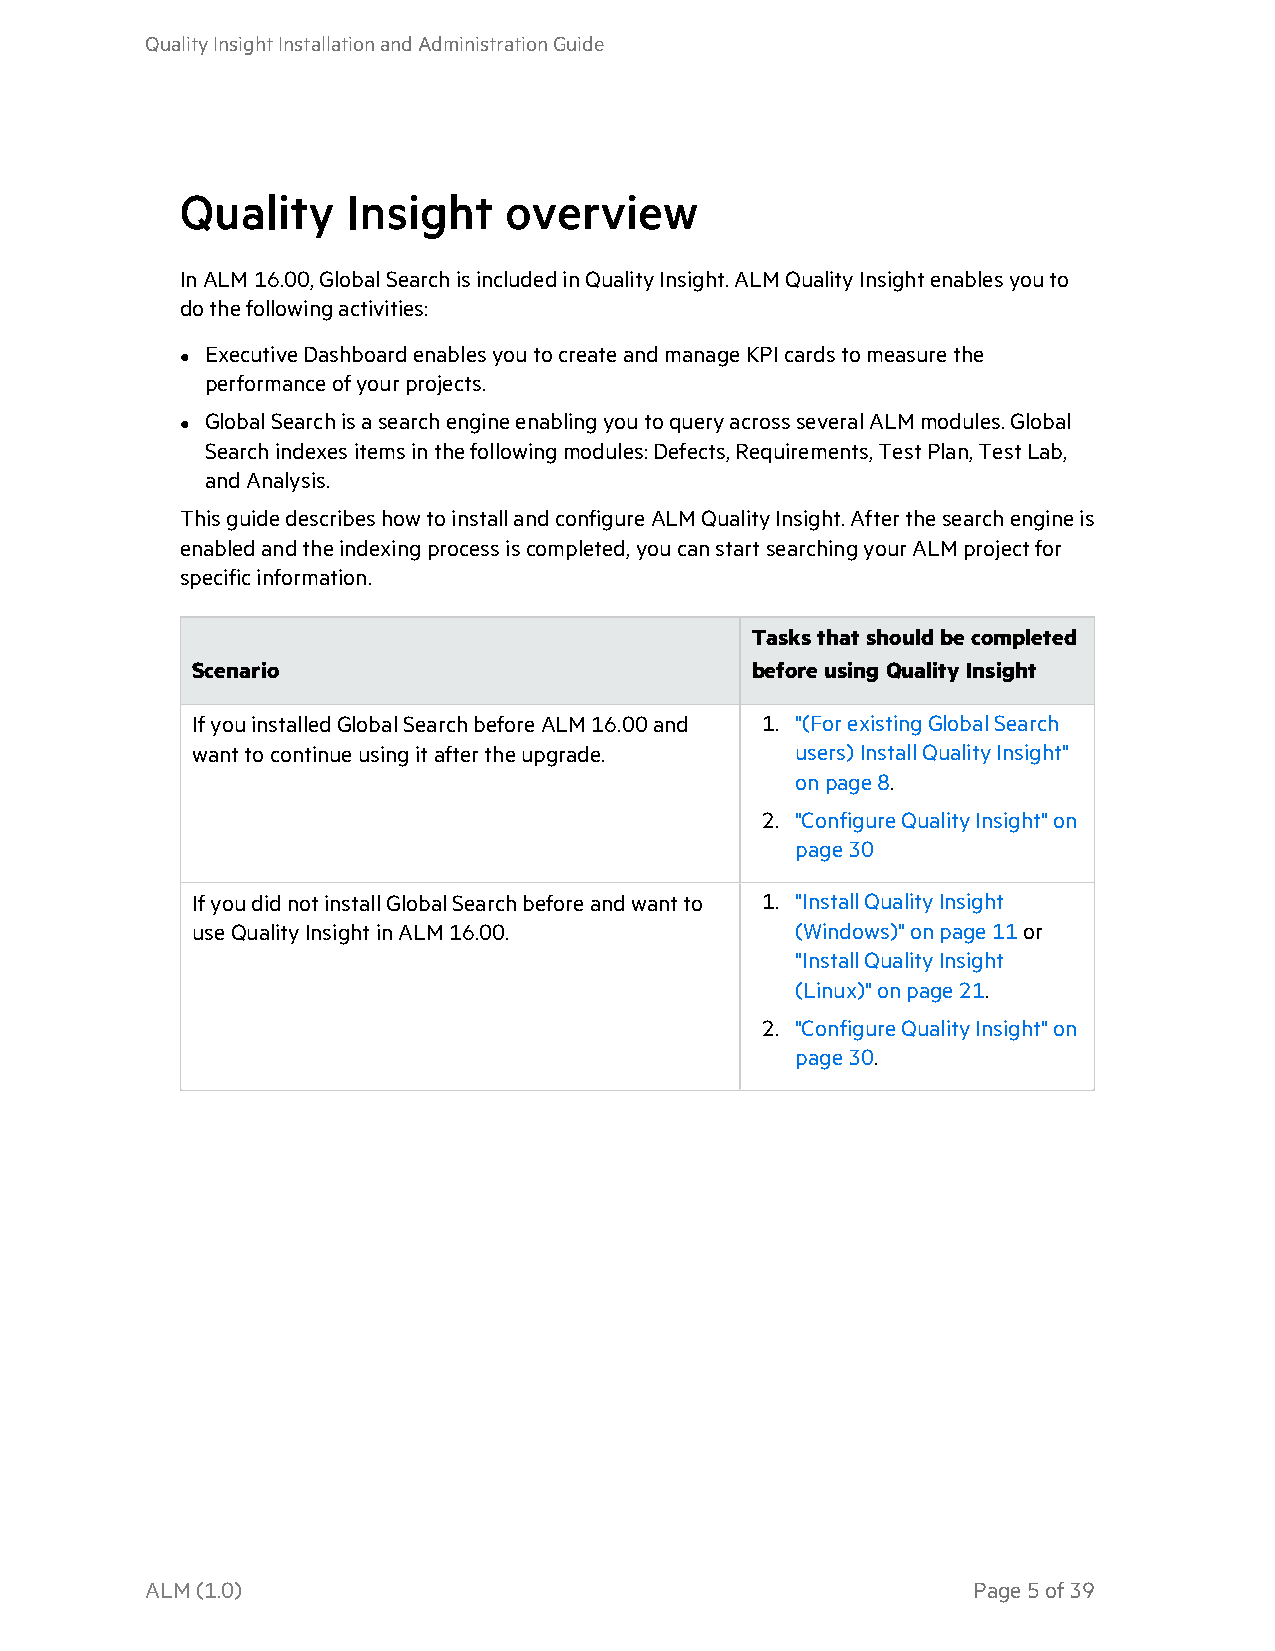
QualityInsightInstallationandAdministrationGuide
 Quality    Insight   overview
 InALM16.00,GlobalSearchisincludedinQualityInsight.ALMQualityInsightenablesyouto
 dothefollowingactivities:
 ExecutiveDashboardenablesyoutocreateandmanageKPIcardstomeasurethe
 l
 performanceofyourprojects.
 GlobalSearchisasearchengineenablingyoutoqueryacrossseveralALMmodules.Global
 l
 Searchindexesitemsinthefollowingmodules:Defects,Requirements,TestPlan,TestLab,
 andAnalysis.
 ThisguidedescribeshowtoinstallandconfigureALMQualityInsight.Afterthesearchengineis
 enabledandtheindexingprocessiscompleted,youcanstartsearchingyourALMprojectfor
 specificinformation.
 Tasksthatshouldbecompleted
 Scenario                             beforeusingQualityInsight
 IfyouinstalledGlobalSearchbeforeALM16.00and 1. "(ForexistingGlobalSearch
 wanttocontinueusingitaftertheupgrade.   users)InstallQualityInsight"
 onpage 8.
 2. "ConfigureQualityInsight"on
 page 30
 IfyoudidnotinstallGlobalSearchbeforeandwantto 1. "InstallQualityInsight
 useQualityInsightinALM16.00.            (Windows)"onpage 11or
 "InstallQualityInsight
 (Linux)"onpage 21.
 2. "ConfigureQualityInsight"on
 page 30.
 ALM(1.0)                                              Page5of39